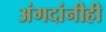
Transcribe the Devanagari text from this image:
अंगदांनीही